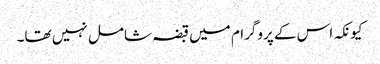
کیونکہ اس کے پروگرام میں قبضہ شامل نہیں تھا۔